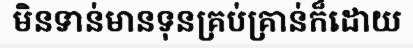
មិនទាន់មានទុនគ្រប់គ្រាន់ក៏ដោយ